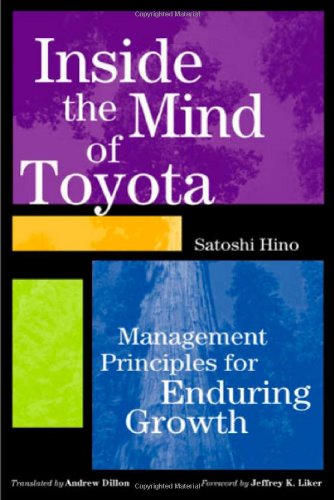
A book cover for Inside the Mind of Toyota: Management Principles for Enduring Growth; Satoshi Hino; Business & Money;